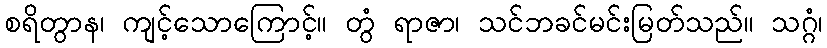
စရိတွာန၊ ကျင့်သောကြောင့်။ တွံ ရာဇာ၊ သင်ဘခင်မင်းမြတ်သည်။ သဂ္ဂံ၊